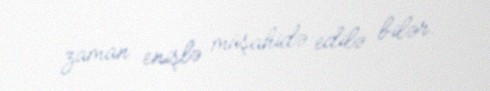
zaman enişlə müşahidə edilə bilər.